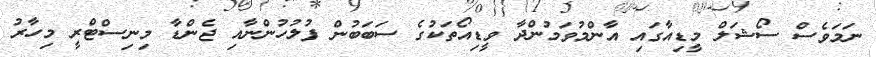
ނަމަވެސް ސޯޝަލް މީޑިއާގައި އާންމުވަމުންދާ ވީޑިއޯތަކުގެ ސަބަބުން ފުލުހުންނާއި ޖެންޑާ މިނިސްޓްރީ މިހާރު